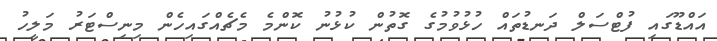
އައްޑޫގައި ފުޓްސަލް ދަނޑުތައް ހުޅުވުމުގެ ގޮތުން ކުޅުނު ކޮންމެ މެޗެއްގައިހެން މިިނިސްޓަރު މަލީހު